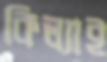
কিল্যাই